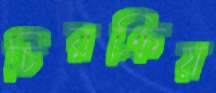
চিরক্রিয়